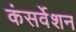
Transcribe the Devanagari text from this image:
कंसर्वेशन